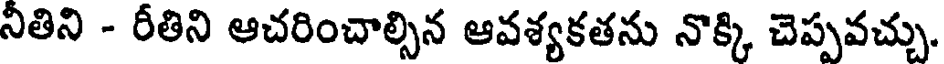
నితిని - రీతిని ఆచరించాల్సిన ఆవశ్యకతను నొక్కి చెప్పవచ్చు.